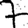
Digit: 7